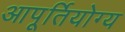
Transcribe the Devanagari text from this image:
आपूर्तियोग्य